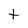
Character: t